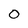
Character: 0